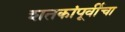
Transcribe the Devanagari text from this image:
शतकांपूर्वीचा